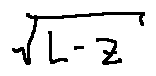
\sqrt { L - z }